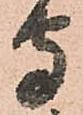
守